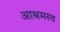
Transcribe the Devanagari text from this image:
आश्रमस्थ